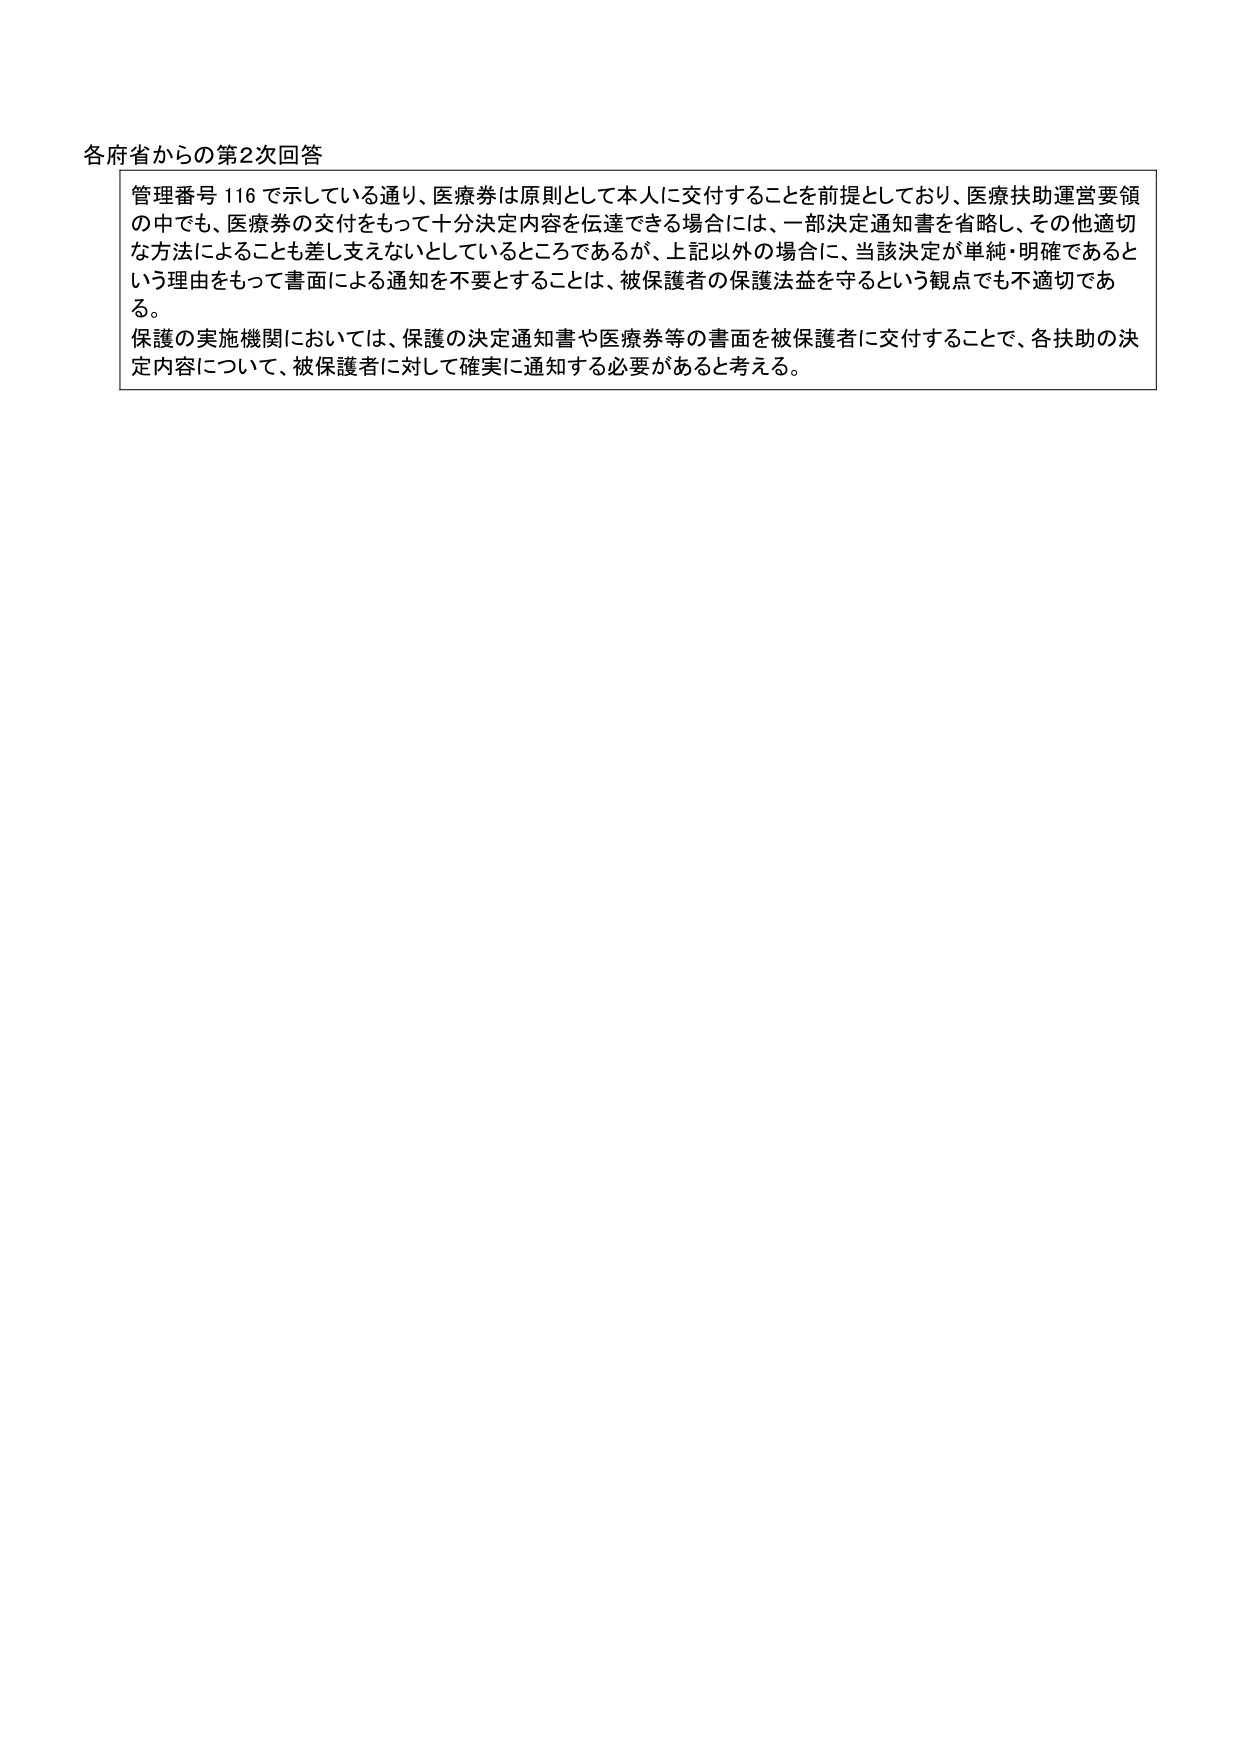
各府省からの第2次回答

管理番号116で示している通り、医療券は原則として本人に交付することを前提としており、医療扶助運営要領の中でも、医療券の交付をもって十分決定内容を伝達できる場合には、一部決定通知書を省略し、その他適切な方法によることも差し支えないとしているところであるが、上記以外の場合に、当該決定が単純・明確であるという理由をもって書面による通知を不要とすることは、被保護者の保護法益を守るという観点でも不適切である。

保護の実施機関においては、保護の決定通知書や医療券等の書面を被保護者に交付することで、各扶助の決定内容について、被保護者に対して確実に通知する必要があると考える。